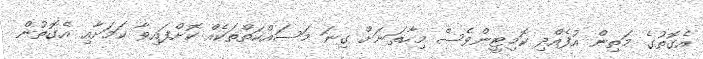
އެގޮތުގެ މަތިން އުފެއްދި ކޮމިޓީންވެސް މިހާތަނަށް ގިނަ މަސައްކަތްތަކެއް ކޮށްފައިވާ ކަމަށާއި އެގޮތުން